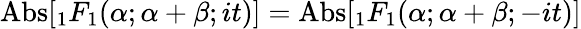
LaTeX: {\mathrm{Abs}}[{}_{1}F_{1}(\alpha;\alpha+\beta;it)]={\mathrm{Abs}}[{}_{1}F_{1}(\alpha;\alpha+\beta;-it)]